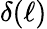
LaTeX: \delta(\ell)